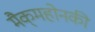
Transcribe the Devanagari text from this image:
मैक्‌महोनकी